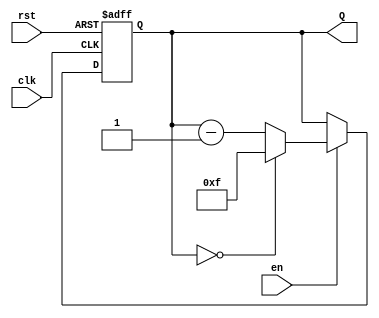
module binary_down_counter #(
    parameter N = 4 // Parameter for the bit-width of the counter
)(
    input wire clk,      // Clock signal
    input wire rst,      // Asynchronous reset signal
    input wire en,       // Enable signal
    output reg [N-1:0] Q // N-bit output for the current count value
);

    // Maximum value for the counter
    localparam MAX_VALUE = (1 << N) - 1; // 2^N - 1

    // Asynchronous reset and synchronous counting
    always @(posedge clk or posedge rst) begin
        if (rst) begin
            Q <= MAX_VALUE; // Reset to maximum value
        end else if (en) begin
            if (Q == 0) begin
                Q <= MAX_VALUE; // Wrap around to maximum value
            end else begin
                Q <= Q - 1; // Decrement the counter
            end
        end
        // If enable is not asserted, retain the current value of Q
    end

endmodule